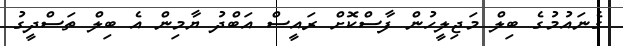
ގެނައުމުގެ ބިލް މަޖިލީހުން ފާސްކޮށް ރައީސް އަބްދު ޔާމިން އެ ބިލް ތަސްދީގު